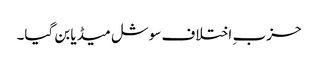
حزب ِ اختلاف سوشل میڈیا بن گیا۔